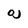
Character: a